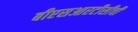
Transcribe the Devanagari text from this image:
बीएसआरटीसीची